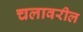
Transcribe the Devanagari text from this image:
चलावरील